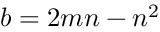
b = 2 m n - n ^ { 2 }